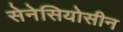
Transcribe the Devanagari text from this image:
सेनेसियोसीन